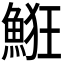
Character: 𩷗